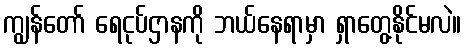
ကျွန်တော် ရေငုပ်ဌာနကို ဘယ်နေရာမှာ ရှာတွေ့နိုင်မလဲ။